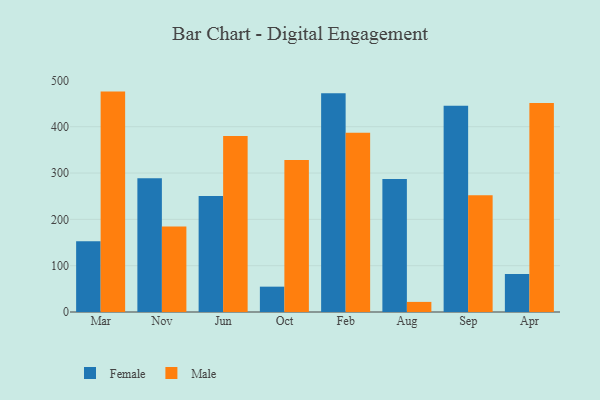
{"axis": {"x": "Month", "y": "Demand Index"}, "legend": ["Female", "Male"], "data": [{"x": "Mar", "y": 152.6, "type": "Female"}, {"x": "Mar", "y": 475.8, "type": "Male"}, {"x": "Nov", "y": 288.6, "type": "Female"}, {"x": "Nov", "y": 184.5, "type": "Male"}, {"x": "Jun", "y": 250.6, "type": "Female"}, {"x": "Jun", "y": 380.1, "type": "Male"}, {"x": "Oct", "y": 54.7, "type": "Female"}, {"x": "Oct", "y": 328.3, "type": "Male"}, {"x": "Feb", "y": 472.5, "type": "Female"}, {"x": "Feb", "y": 387.0, "type": "Male"}, {"x": "Aug", "y": 287.0, "type": "Female"}, {"x": "Aug", "y": 21.8, "type": "Male"}, {"x": "Sep", "y": 445.5, "type": "Female"}, {"x": "Sep", "y": 251.8, "type": "Male"}, {"x": "Apr", "y": 82.1, "type": "Female"}, {"x": "Apr", "y": 451.2, "type": "Male"}]}